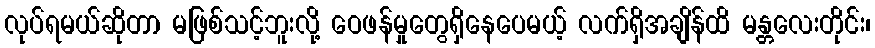
လုပ်ရမယ်ဆိုတာ မဖြစ်သင့်ဘူးလို့ ဝေဖန်မှုတွေရှိနေပေမယ့် လက်ရှိအချိန်ထိ မန္တလေးတိုင်း၊